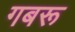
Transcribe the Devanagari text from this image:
गबरू